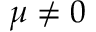
\mu \neq 0